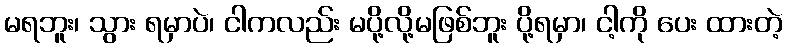
မရဘူး၊ သွား ရမှာပဲ၊ ငါကလည်း မပို့လို့မဖြစ်ဘူး ပို့ရမှာ၊ ငါ့ကို ပေး ထားတဲ့